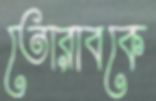
তোরাবকে